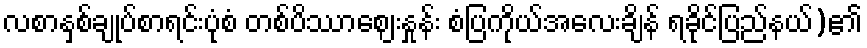
လစာနှစ်ချုပ်စာရင်းပုံစံ တစ်ပိဿာဈေးနှုန်း စံပြကိုယ်အလေးချိန် ရခိုင်ပြည်နယ်)၏